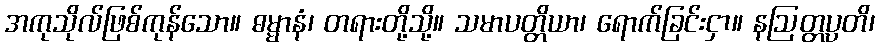
အကုသိုလ်ဖြစ်ကုန်သော။ ဓမ္မာနံ၊ တရားတို့သို့။ သမာပတ္တိယာ၊ ရောက်ခြင်းငှာ။ နဩတ္တပ္ပတိ၊